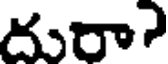
దురా?